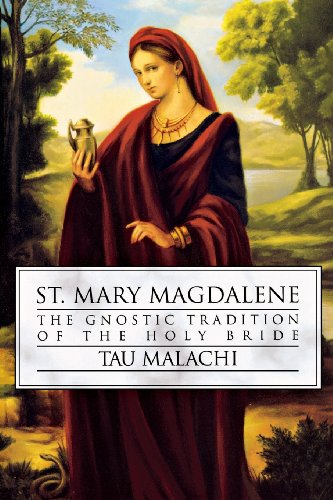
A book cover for St. Mary Magdalene: The Gnostic Tradition of the Holy Bride; Tau Malachi; Christian Books & Bibles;